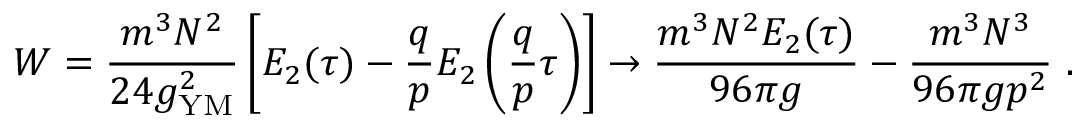
W = { \frac { m ^ { 3 } N ^ { 2 } } { 2 4 g _ { \mathrm { Y M } } ^ { 2 } } } \left[ E _ { 2 } ( \tau ) - { \frac { q } { p } } E _ { 2 } \left( { \frac { q } { p } } \tau \right) \right] \to { \frac { m ^ { 3 } N ^ { 2 } E _ { 2 } ( \tau ) } { 9 6 \pi g } } - { \frac { m ^ { 3 } N ^ { 3 } } { 9 6 \pi g p ^ { 2 } } } \ .